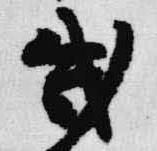
武